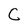
Character: C